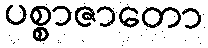
ပစ္စာဇာတော